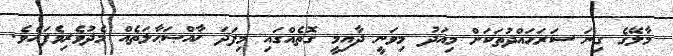
މާލޭގެ ގިނަ ސަރަޙައްދުތަކަށް މިއަދު މިވަނީ ދާއިމީ ގޮތެއްގައި މިފަދަ ޚާއްޞަޙާލަތެއް މެދުވެރިވެފައެވެ.